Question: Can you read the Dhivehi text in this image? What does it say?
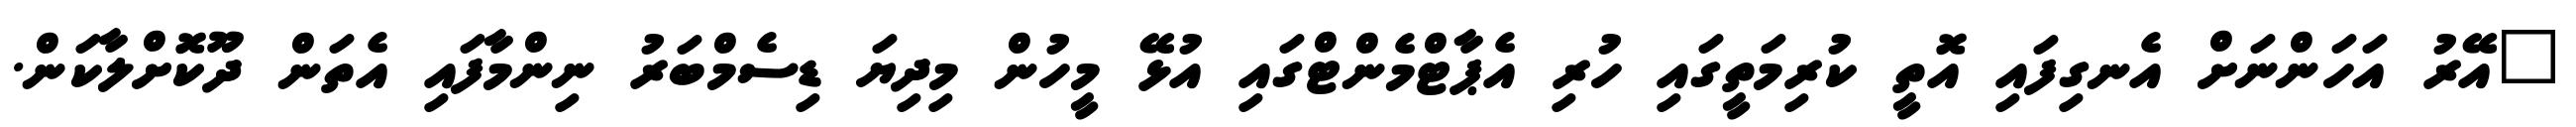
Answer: "އޭރު އަހަންނަށް އެނގިފައި އޮތީ ކުރިމަތީގައި ހުރި އެޕާޓްމެންޓްގައި އުޅޭ މީހުން މިދިޔަ ޑިސެމްބަރު ނިންމާފައި އެތަން ދޫކޮށްލާކަން.